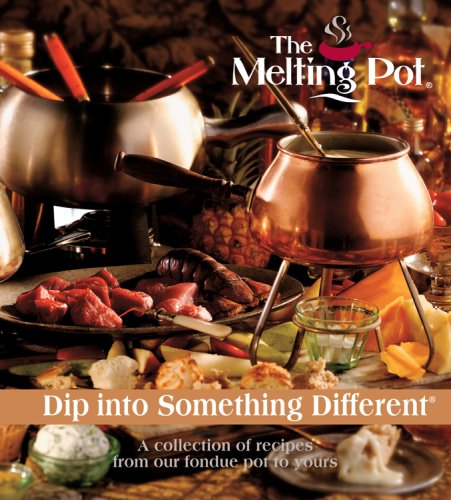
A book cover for Dip Into Something Different: A Collection of Recipes from Our Fondue Pot to Yours; Melting Pot Restaurants Inc; Cookbooks, Food & Wine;